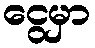
ငွေမှာ